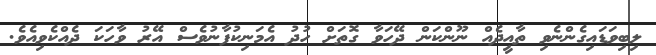
ލިބިވަޑައިގެންނެވި ތާއީދެއް ނޫންކަން ދޭހަވާ ގޮތަށް ހުދު އެމަނިކުފާނުވެސް އޭރު ވާހަކަ ދެއްކެވިއެވެ.